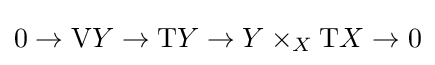
0\to \mathrm {V} Y\to \mathrm {T} Y\to Y\times _{X}\mathrm {T} X\to 0